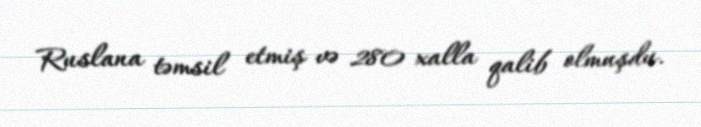
Ruslana təmsil etmiş və 280 xalla qalib olmuşdu.